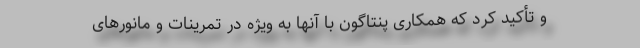
و تأکید کرد که همکاری پنتاگون با آنها به ویژه در تمرینات و مانورهای